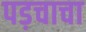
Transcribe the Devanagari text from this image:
पड़चाचा